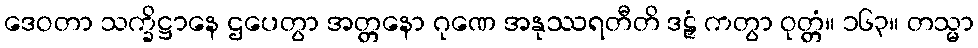
ဒေဝတာ သက္ခိဋ္ဌာနေ ဌပေတွာ အတ္တနော ဂုဏေ အနုဿရတီတိ ဒဠှံ ကတွာ ဝုတ္တံ။ ၁၆၃။ တသ္မာ